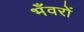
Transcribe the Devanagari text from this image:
भँवरों